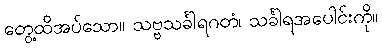
တွေ့ထိအပ်သော။ သဗ္ဗသင်္ခါရဂတံ၊ သင်္ခါရအပေါင်းကို။